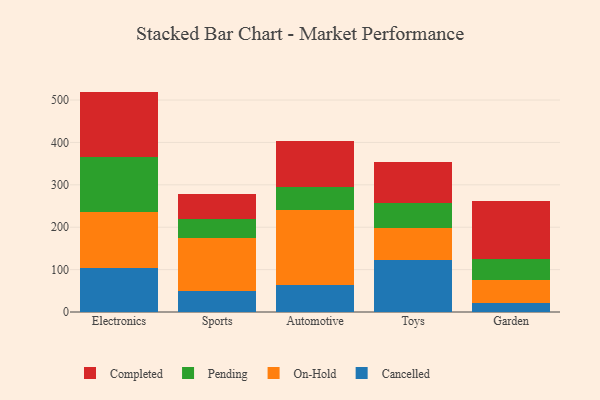
{"axis": {"x": "Category", "y": "Tickets Resolved"}, "legend": ["Cancelled", "Completed", "On-Hold", "Pending"], "data": [{"x": "Electronics", "y": 104.3, "type": "Cancelled"}, {"x": "Electronics", "y": 130.8, "type": "On-Hold"}, {"x": "Electronics", "y": 129.6, "type": "Pending"}, {"x": "Electronics", "y": 155.2, "type": "Completed"}, {"x": "Sports", "y": 49.1, "type": "Cancelled"}, {"x": "Sports", "y": 124.4, "type": "On-Hold"}, {"x": "Sports", "y": 45.6, "type": "Pending"}, {"x": "Sports", "y": 60.1, "type": "Completed"}, {"x": "Automotive", "y": 64.2, "type": "Cancelled"}, {"x": "Automotive", "y": 177.5, "type": "On-Hold"}, {"x": "Automotive", "y": 52.2, "type": "Pending"}, {"x": "Automotive", "y": 110.5, "type": "Completed"}, {"x": "Toys", "y": 122.0, "type": "Cancelled"}, {"x": "Toys", "y": 76.2, "type": "On-Hold"}, {"x": "Toys", "y": 57.8, "type": "Pending"}, {"x": "Toys", "y": 98.8, "type": "Completed"}, {"x": "Garden", "y": 21.1, "type": "Cancelled"}, {"x": "Garden", "y": 55.5, "type": "On-Hold"}, {"x": "Garden", "y": 49.3, "type": "Pending"}, {"x": "Garden", "y": 135.6, "type": "Completed"}]}